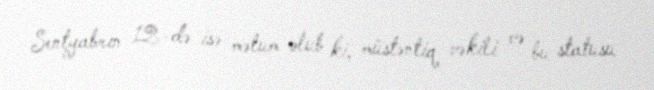
Sentyabrın 12-də isə məlum olub ki, müstəntiq vəkili və bu statusu